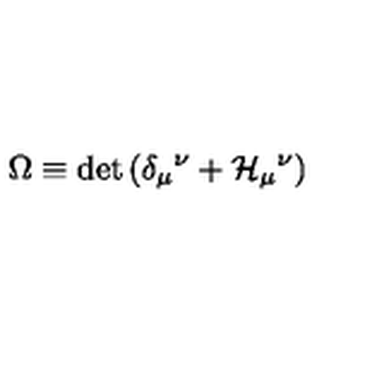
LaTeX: { \Omega } \equiv \det { \left( \delta _ { \mu } { } ^ { \nu } + { \cal H } _ { \mu } { } ^ { \nu } \right) }